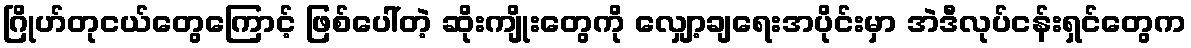
ဂြိုဟ်တုငယ်တွေကြောင့် ဖြစ်ပေါ်တဲ့ ဆိုးကျိုးတွေကို လျှော့ချရေးအပိုင်းမှာ အဲဒီလုပ်ငန်းရှင်တွေက